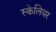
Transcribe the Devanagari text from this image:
स्केलियर